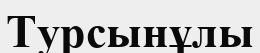
Турсынұлы